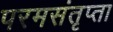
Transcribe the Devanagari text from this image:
परमसंतृप्ता